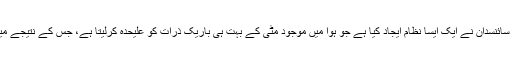
فضائی آلودگی کو کم کرنے کے لئے ہالینڈ کے سائنسدان نے ایک ایسا نظام ایجاد کیا ہے جو ہوا میں موجود مٹی کے بہت ہی باریک ذرات کو علیحدہ کرلیتا ہے، جس کے نتیجے میں ہوا بہت حد تک آلودگی سے پاک ہوجاتی ہے۔